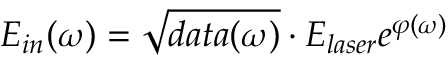
E _ { i n } ( \omega ) = \sqrt { d a t a ( \omega ) } \cdot E _ { l a s e r } e ^ { \varphi ( \omega ) }